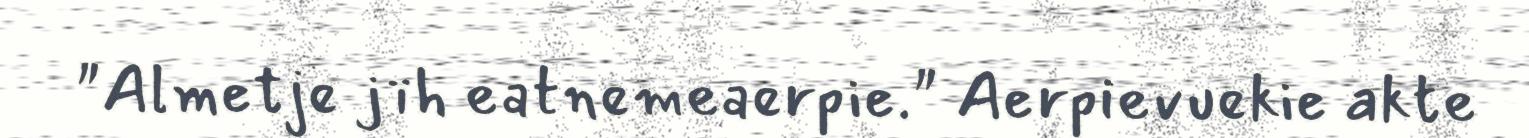
"Almetje jïh eatnemeaerpie." Aerpievuekie akte